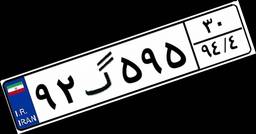
۹۲گ۵۹۵۳۰